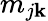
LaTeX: m_{j\mathbf{k}}